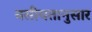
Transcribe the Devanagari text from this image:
वसीयतानुसार